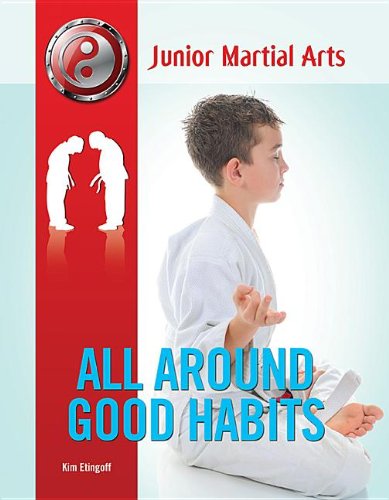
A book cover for All Around Good Habits (Junior Martial Arts); Kim Etingoff; Teen & Young Adult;